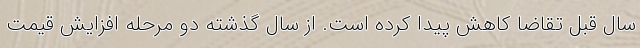
سال قبل تقاضا کاهش پیدا کرده است. از سال گذشته دو مرحله افزایش قیمت